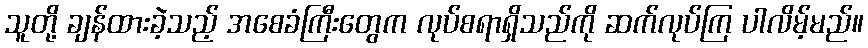
သူတို့ ချန်ထားခဲ့သည့် အစေခံကြီးတွေက လုပ်စရာရှိသည်ကို ဆက်လုပ်ကြ ပါလိမ့်မည်။